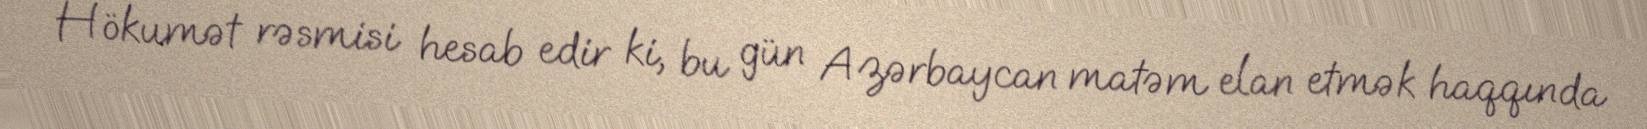
Hökumət rəsmisi hesab edir ki, bu gün Azərbaycan matəm elan etmək haqqında